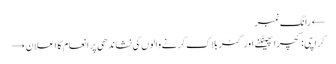
← رانگ نمبر
کراچی: کچرا پھینکنے اور گٹر بلاک کرنے والوں کی نشاندھی پر انعام کا اعلان →